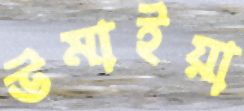
উমাইয়া